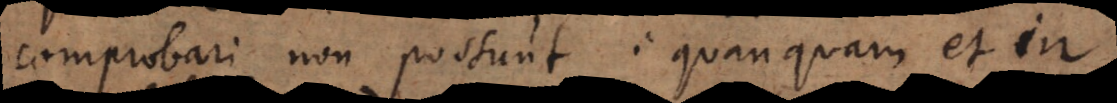
comprobari non possunt: quanquam et in